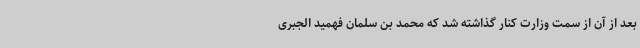
بعد از آن از سمت وزارت کنار گذاشته شد که محمد بن سلمان فهمید الجبری